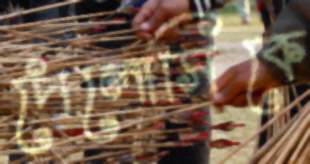
পেলোসিকে